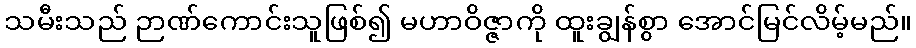
သမီးသည် ဉာဏ်ကောင်းသူဖြစ်၍ မဟာဝိဇ္ဇာကို ထူးချွန်စွာ အောင်မြင်လိမ့်မည်။